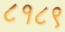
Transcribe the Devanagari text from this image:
८१८९